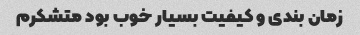
زمان بندی و کیفیت بسیار خوب بود متشکرم